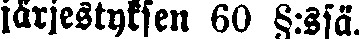
järjestyksen 60 §:ssä.